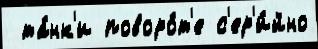
 та́нк'и поворо́т'е с'ер'и́йно